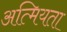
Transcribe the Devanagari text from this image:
अत्मियता